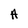
Character: A